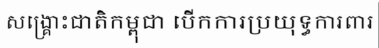
សង្គ្រោះជាតិកម្ពុជា បើកការប្រយុទ្ធការពារ